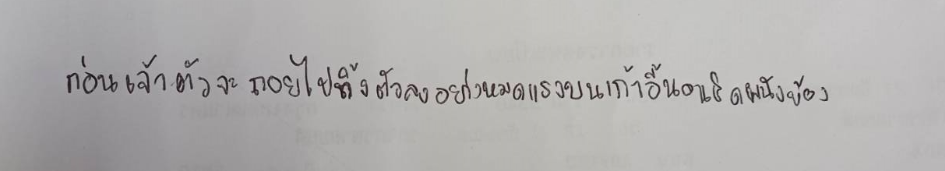
ก่อนเจ้าตัวจะถอยไปทิ้งตัวลงอย่างหมดแรงบนเก้าอี้นอนชิดผนังห้อง